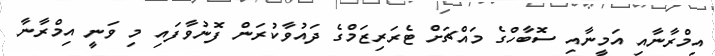
އިމްރާނާއި އަމީނާއި ސޮބާހްގެ މައްޗަށް ޓެރަރިޒަމްގެ ދައުވާކުރަން ފޮނުވާފައި މި ވަނީ އިމްރާނާ